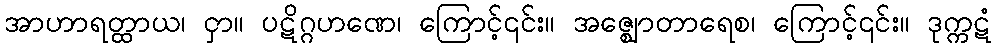
အာဟာရတ္ထာယ၊ ငှာ။ ပဋိဂ္ဂဟဏေ၊ ကြောင့်၎င်း။ အဇ္ဈောတာရေစ၊ ကြောင့်၎င်း။ ဒုက္ကဋံ